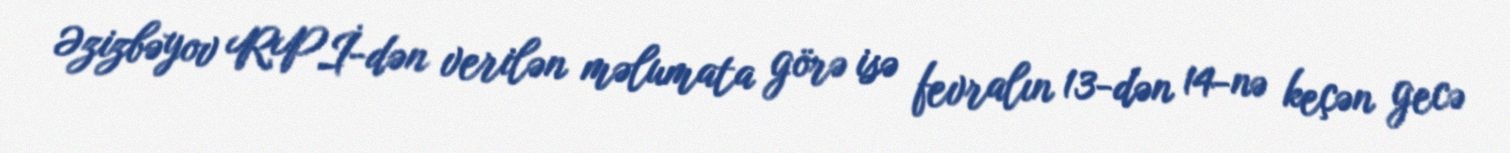
Əzizbəyov RPİ-dən verilən məlumata görə isə fevralın 13-dən 14-nə keçən gecə